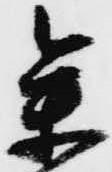
参